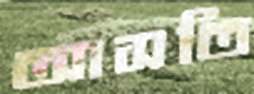
আসতি